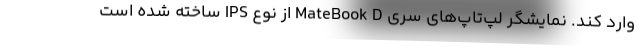
وارد کند. نمایشگر لپ‌تاپ‌های سری MateBook D از نوع IPS ساخته شده است